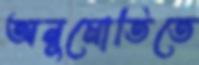
অনুমোতিতে